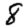
Digit: 8